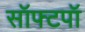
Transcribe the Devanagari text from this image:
सॉफ्टपॉ